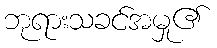
ဘုရားသခင်အမှု၏